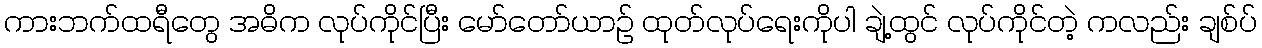
ကားဘက်ထရီတွေ အဓိက လုပ်ကိုင်ပြီး မော်တော်ယာဉ် ထုတ်လုပ်ရေးကိုပါ ချဲ့ထွင် လုပ်ကိုင်တဲ့ ကလည်း ချစ်ပ်